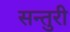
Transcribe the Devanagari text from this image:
सन्तुरी